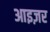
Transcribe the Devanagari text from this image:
आइज़र